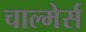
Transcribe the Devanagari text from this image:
चाल्मेर्स